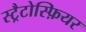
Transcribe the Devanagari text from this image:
स्ट्रैटोस्फ़ियर